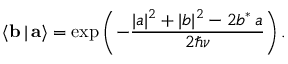
\langle { \bf b } \, | \, { \bf a } \rangle = \exp \left( - \frac { | a | ^ { 2 } + | b | ^ { 2 } - 2 b ^ { * } \, a } { 2 \hbar \nu } \right) .